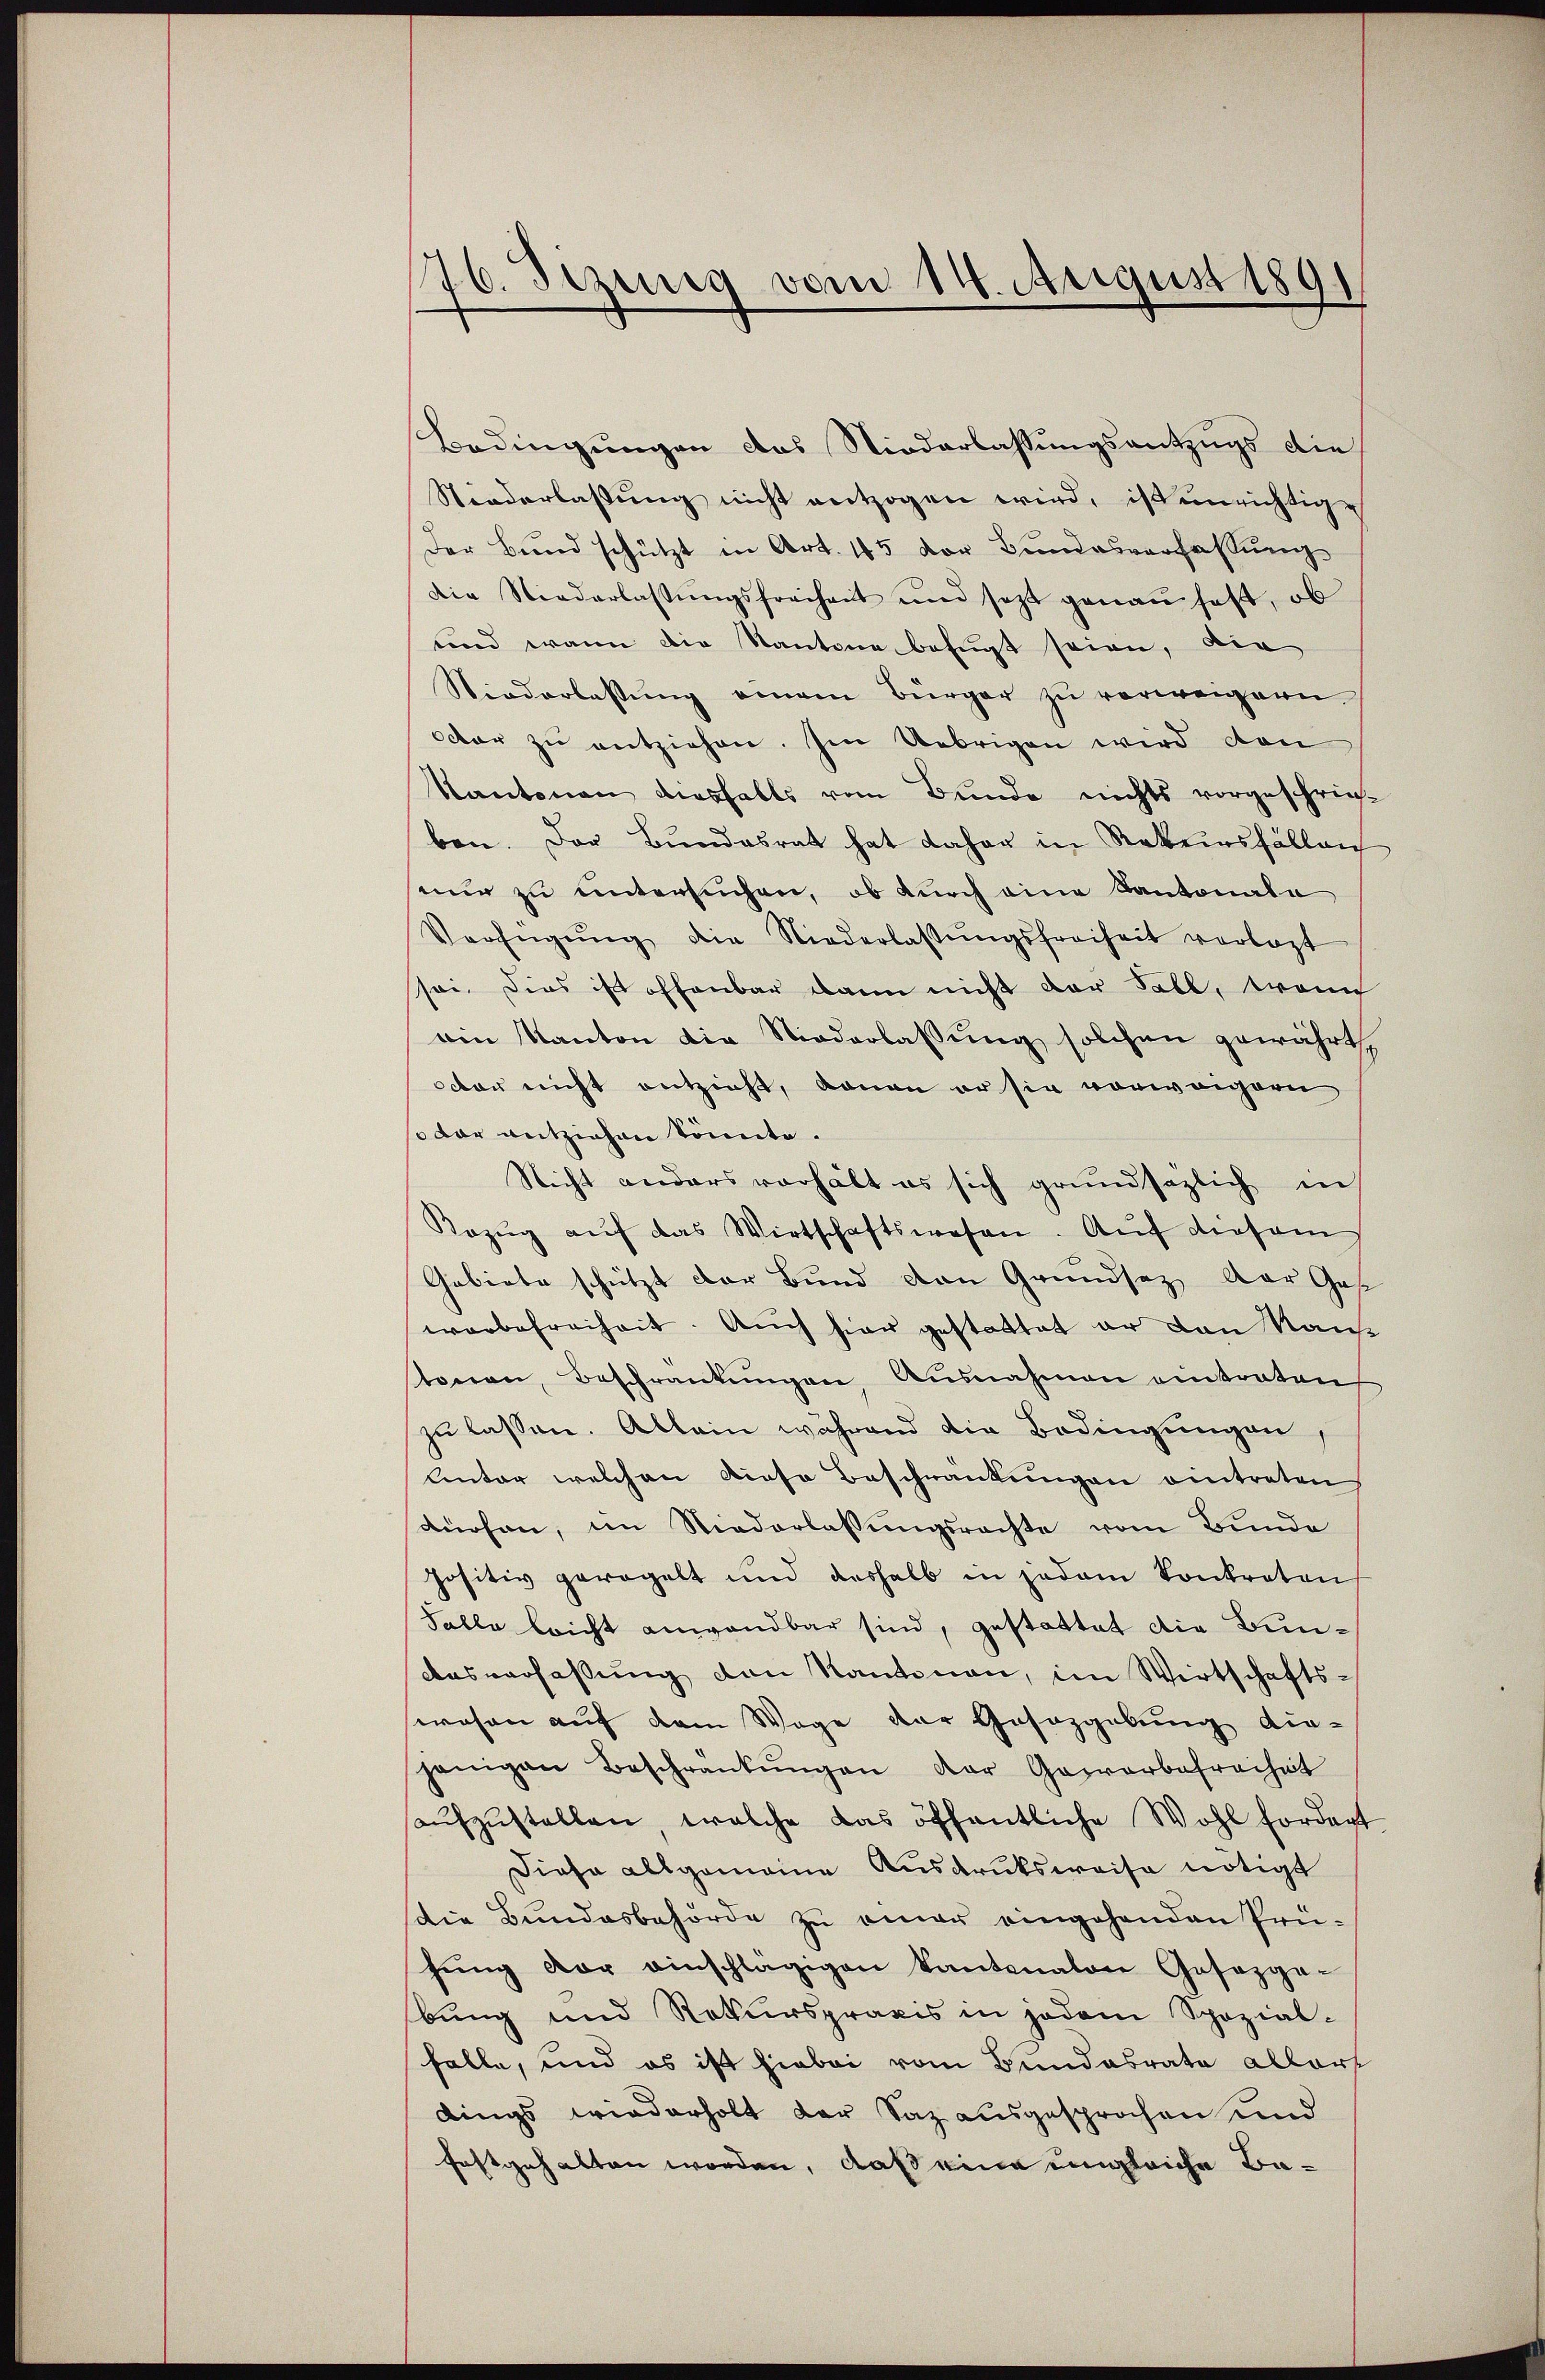
1
d. Jezung vom 14. August 1891

Bedingungen das Niederlassungsentzugs die
Niederlassung nicht entzogen wird, ist einrichtige
Der Bund schützt in Art. 45 der Bundesverfassung
die Niederlassŭngsfreiheit und sezt genau hast, ob
und wann die Kantone befugt seien, die
Niederlassung einem Bürger zu verweigern.
oder zŭ entziehen. Im Uebrigen wird den
Kantonen diesfalls vom Bunde nichts vorgeschrichben. Der Bundesrat hat daher in Rekursfällen
seur zu untersuchen, ob durch eine Kantonale
Verfügŭng die Niederlassŭngsfreiheit verlast
sei. Dies ist offenbar dann nicht der Fall, wenn
ain Kanton die Niederlassung solchen gewährt
octor nicht entzieht, daran er sie vorweigern
so dar entziehen könnte.
Nicht anders verhält es sich grundsätzlich in
Kazŭg aŭf das Wirtschaftswesen. Auf diesem
Gebiete schützt der Bund von Grundsaz der Ges
werbefreiheit. Auch hier gestattet er den Nau
tonen, Beschränkungen, Ausnahmen eintraten
zu lassen. Allein während die Bedingungen,
Antar welchen Diese Beschränkungen eintreten
dürfen, im Niederlassungsrechte vom Bunde
positiv geregelt und deshalb in jedem konkreten
Falle leicht anwendbar sind, gestattet die Bun¬
Ausverfassung den Kantonen, im Wirtschafts-
wesen auf dem Wege der Gesazgebung die-
jenigen Beschränkŭngen der Gewerbefreiheit
aŭfzŭstellen, welche das öffentliche Wohl fordert
Diese allgemeine Ausdrucksweise nötigt
die Bundesbehörde zŭ einer eingehenden Prü-
fŭng vor einschlägigen kantonalen Gesezga-
bung und Rekurspraxis in jedem Spozial-
falle, und es ist hiebei vom Bundesrate allert
dings wiederholt der Saz ausgesprochen und
festgehalten worden, daß eine ungleiche Be¬